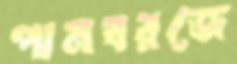
পানবরজে